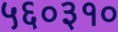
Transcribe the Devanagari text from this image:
५६०३१०